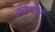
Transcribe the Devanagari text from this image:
अर्थव्यवस्थेस